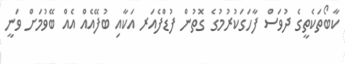
ކާބޯތަކެތީގެ ދުވަސް ފާހަގަކުރުމުގެ ގޮތުން ފުޑްފެއަރ އަކާއި ބުފޭއެއް އެއް ބޭވުމަށް ވަނީ